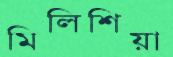
মিলিশিয়া